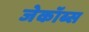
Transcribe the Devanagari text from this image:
जेकॉब्स